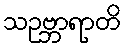
သဥဗ္ဘာရာတိ